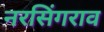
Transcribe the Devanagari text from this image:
नरसिंगराव